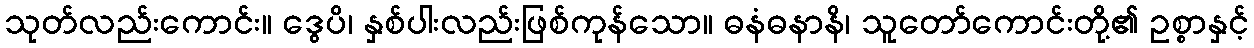
သုတ်လည်းကောင်း။ ဒွေပိ၊ နှစ်ပါးလည်းဖြစ်ကုန်သော။ ဓနံဓနာနိ၊ သူတော်ကောင်းတို့၏ ဥစ္စာနှင့်